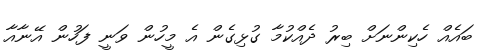
ބައެއް ހެކިންނަށް ބިރު ދެއްކުމާ ގުޅިގެން އެ މީހުން ވަނީ ފަހުން އޭނާއާ